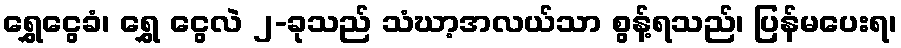
ရွှေငွေခံ၊ ရွှေ ငွေလဲ ၂-ခုသည် သံဃာ့အလယ်သာ စွန့်ရသည်၊ ပြန်မပေးရ၊